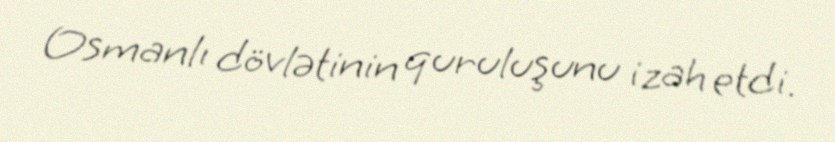
Osmanlı dövlətinin quruluşunu izah etdi.